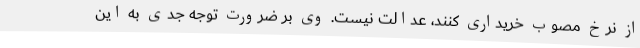
از نرخ مصوب خریداری کنند، عدالت نیست. وی بر ضرورت توجه جدی به این